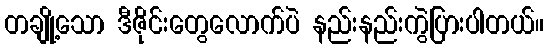
တချို့သော ဒီဇိုင်းတွေလောက်ပဲ နည်းနည်းကွဲပြားပါတယ်။